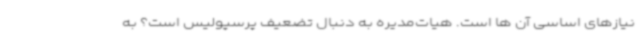
نیازهای اساسی آن ها است. هیات‌مدیره به دنبال تضعیف پرسپولیس است؟ به